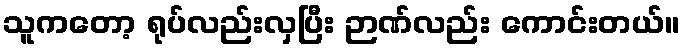
သူကတော့ ရုပ်လည်းလှပြီး ဉာဏ်လည်း ကောင်းတယ်။